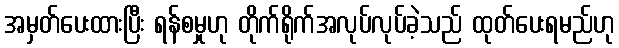
အမှတ်ပေးထားပြီး ရန်စမှုဟု တိုက်ရိုက်အလုပ်လုပ်ခဲ့သည် ထုတ်ပေးရမည်ဟု